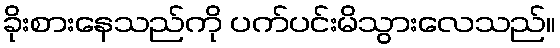
ခိုးစားနေသည်ကို ပက်ပင်းမိသွားလေသည်။